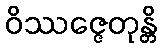
ဝိဿဇ္ဇေတုန္တိ